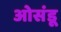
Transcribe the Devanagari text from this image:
ओसंडू